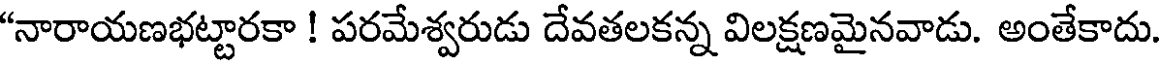
"నారాయణభట్టారకా ! పరమేశ్వరుడు దేవతలకన్న విలక్షణమైనవాడు. అంతేకాదు.